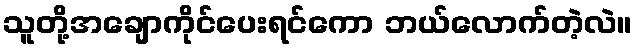
သူတို့အချောကိုင်ပေးရင်ကော ဘယ်လောက်တဲ့လဲ။